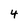
Character: 4